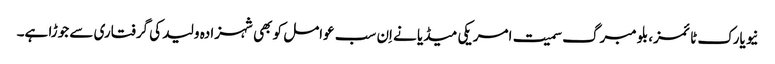
نیویارک ٹائمز، بلومبرگ سمیت امریکی میڈیا نے اِن سب عوامل کو بھی شہزادہ ولید کی گرفتاری سے جوڑا ہے۔